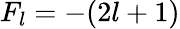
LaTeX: F_{l}=-(2l+1)